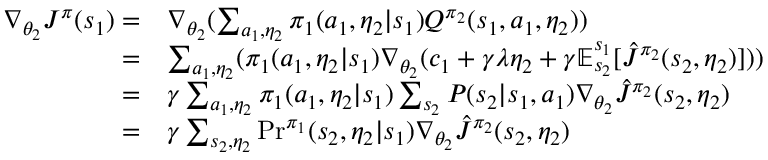
\begin{array} { r l } { \nabla _ { \theta _ { 2 } } J ^ { \pi } ( s _ { 1 } ) = } & { \nabla _ { \theta _ { 2 } } ( \sum _ { a _ { 1 } , \eta _ { 2 } } \pi _ { 1 } ( a _ { 1 } , \eta _ { 2 } | s _ { 1 } ) Q ^ { \pi _ { 2 } } ( s _ { 1 } , a _ { 1 } , \eta _ { 2 } ) ) } \\ { = } & { \sum _ { a _ { 1 } , \eta _ { 2 } } ( \pi _ { 1 } ( a _ { 1 } , \eta _ { 2 } | s _ { 1 } ) \nabla _ { \theta _ { 2 } } ( c _ { 1 } + \gamma \lambda \eta _ { 2 } + \gamma \mathbb { E } _ { s _ { 2 } } ^ { s _ { 1 } } [ \hat { J } ^ { \pi _ { 2 } } ( s _ { 2 } , \eta _ { 2 } ) ] ) ) } \\ { = } & { \gamma \sum _ { a _ { 1 } , \eta _ { 2 } } \pi _ { 1 } ( a _ { 1 } , \eta _ { 2 } | s _ { 1 } ) \sum _ { s _ { 2 } } P ( s _ { 2 } | s _ { 1 } , a _ { 1 } ) \nabla _ { \theta _ { 2 } } \hat { J } ^ { \pi _ { 2 } } ( s _ { 2 } , \eta _ { 2 } ) } \\ { = } & { \gamma \sum _ { s _ { 2 } , \eta _ { 2 } } \mathrm { P r } ^ { \pi _ { 1 } } ( s _ { 2 } , \eta _ { 2 } | s _ { 1 } ) \nabla _ { \theta _ { 2 } } \hat { J } ^ { \pi _ { 2 } } ( s _ { 2 } , \eta _ { 2 } ) } \end{array}